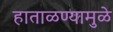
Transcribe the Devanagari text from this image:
हाताळण्यामुळे